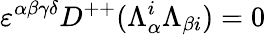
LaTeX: \varepsilon^{\alpha\beta\gamma\delta}D^{++}(\Lambda_{\alpha}^{i}\Lambda_{\beta{i}})=0